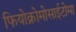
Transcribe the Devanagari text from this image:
फियोक्रोमोसाईटोमा